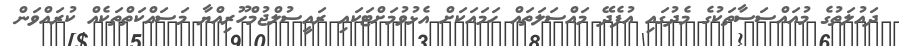
ދައުލަތުގެ މުއައްސަސާތަކުގެ މެދުގައި އުފެދޭ މައްސަލަތައް ހަމައަކަށް އެޅުވުމަށްޓަކައި ރައީސުލްޖުމްހޫރިއްޔާ މަސައްކަތްތަކެއް ކުރައްވަން